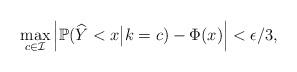
LaTeX: \begin{align*} \max_{c \in \mathcal{I}} \left| \mathbb{P}(\widehat{Y} < x \big| k = c) - \Phi(x) \right| < \epsilon/3,\end{align*}